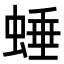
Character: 𧌯